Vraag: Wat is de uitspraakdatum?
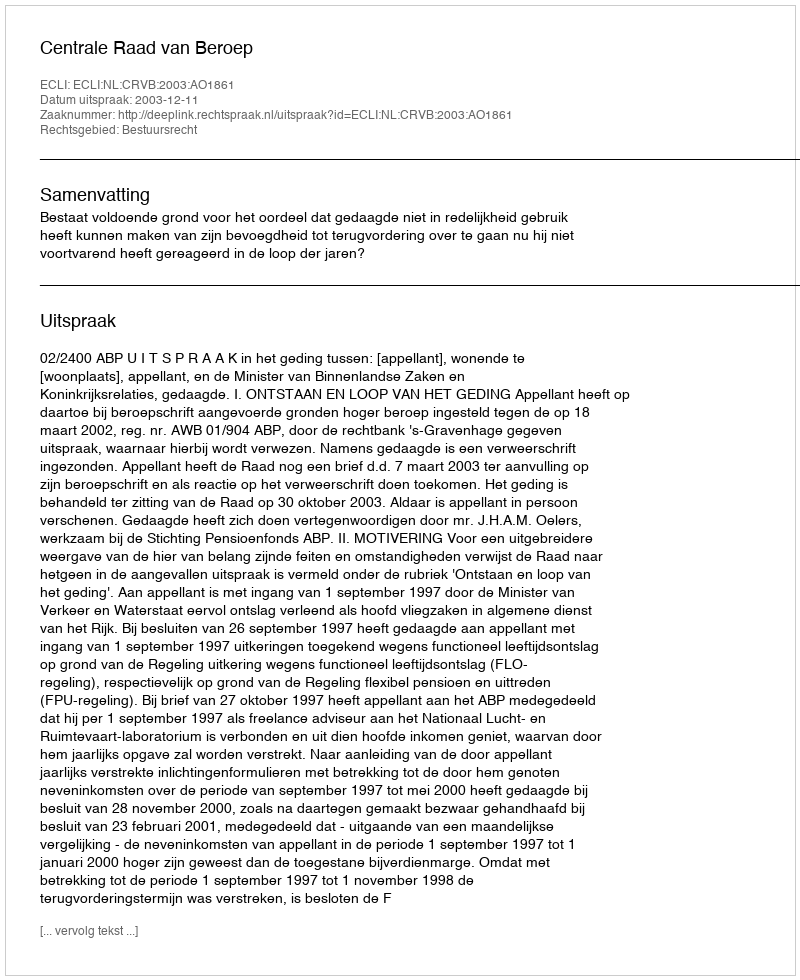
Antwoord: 2003-12-11